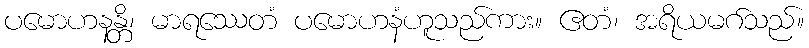
ပမောဟနန္တိ၊ မာရဿေတံ ပမောဟနံဟူသည်ကား။ ဧတံ၊ အရိယမဂ်သည်။